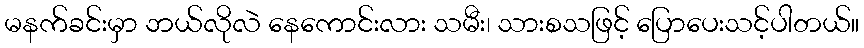
မနက်ခင်းမှာ ဘယ်လိုလဲ နေကောင်းလား သမီး၊ သားစသဖြင့် ပြောပေးသင့်ပါတယ်။